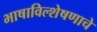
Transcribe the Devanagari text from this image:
भाषाविल्शेषणाचे